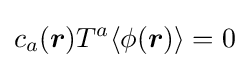
c_{a}({\boldsymbol {r}})T^{a}\langle \phi ({\boldsymbol {r}})\rangle =0